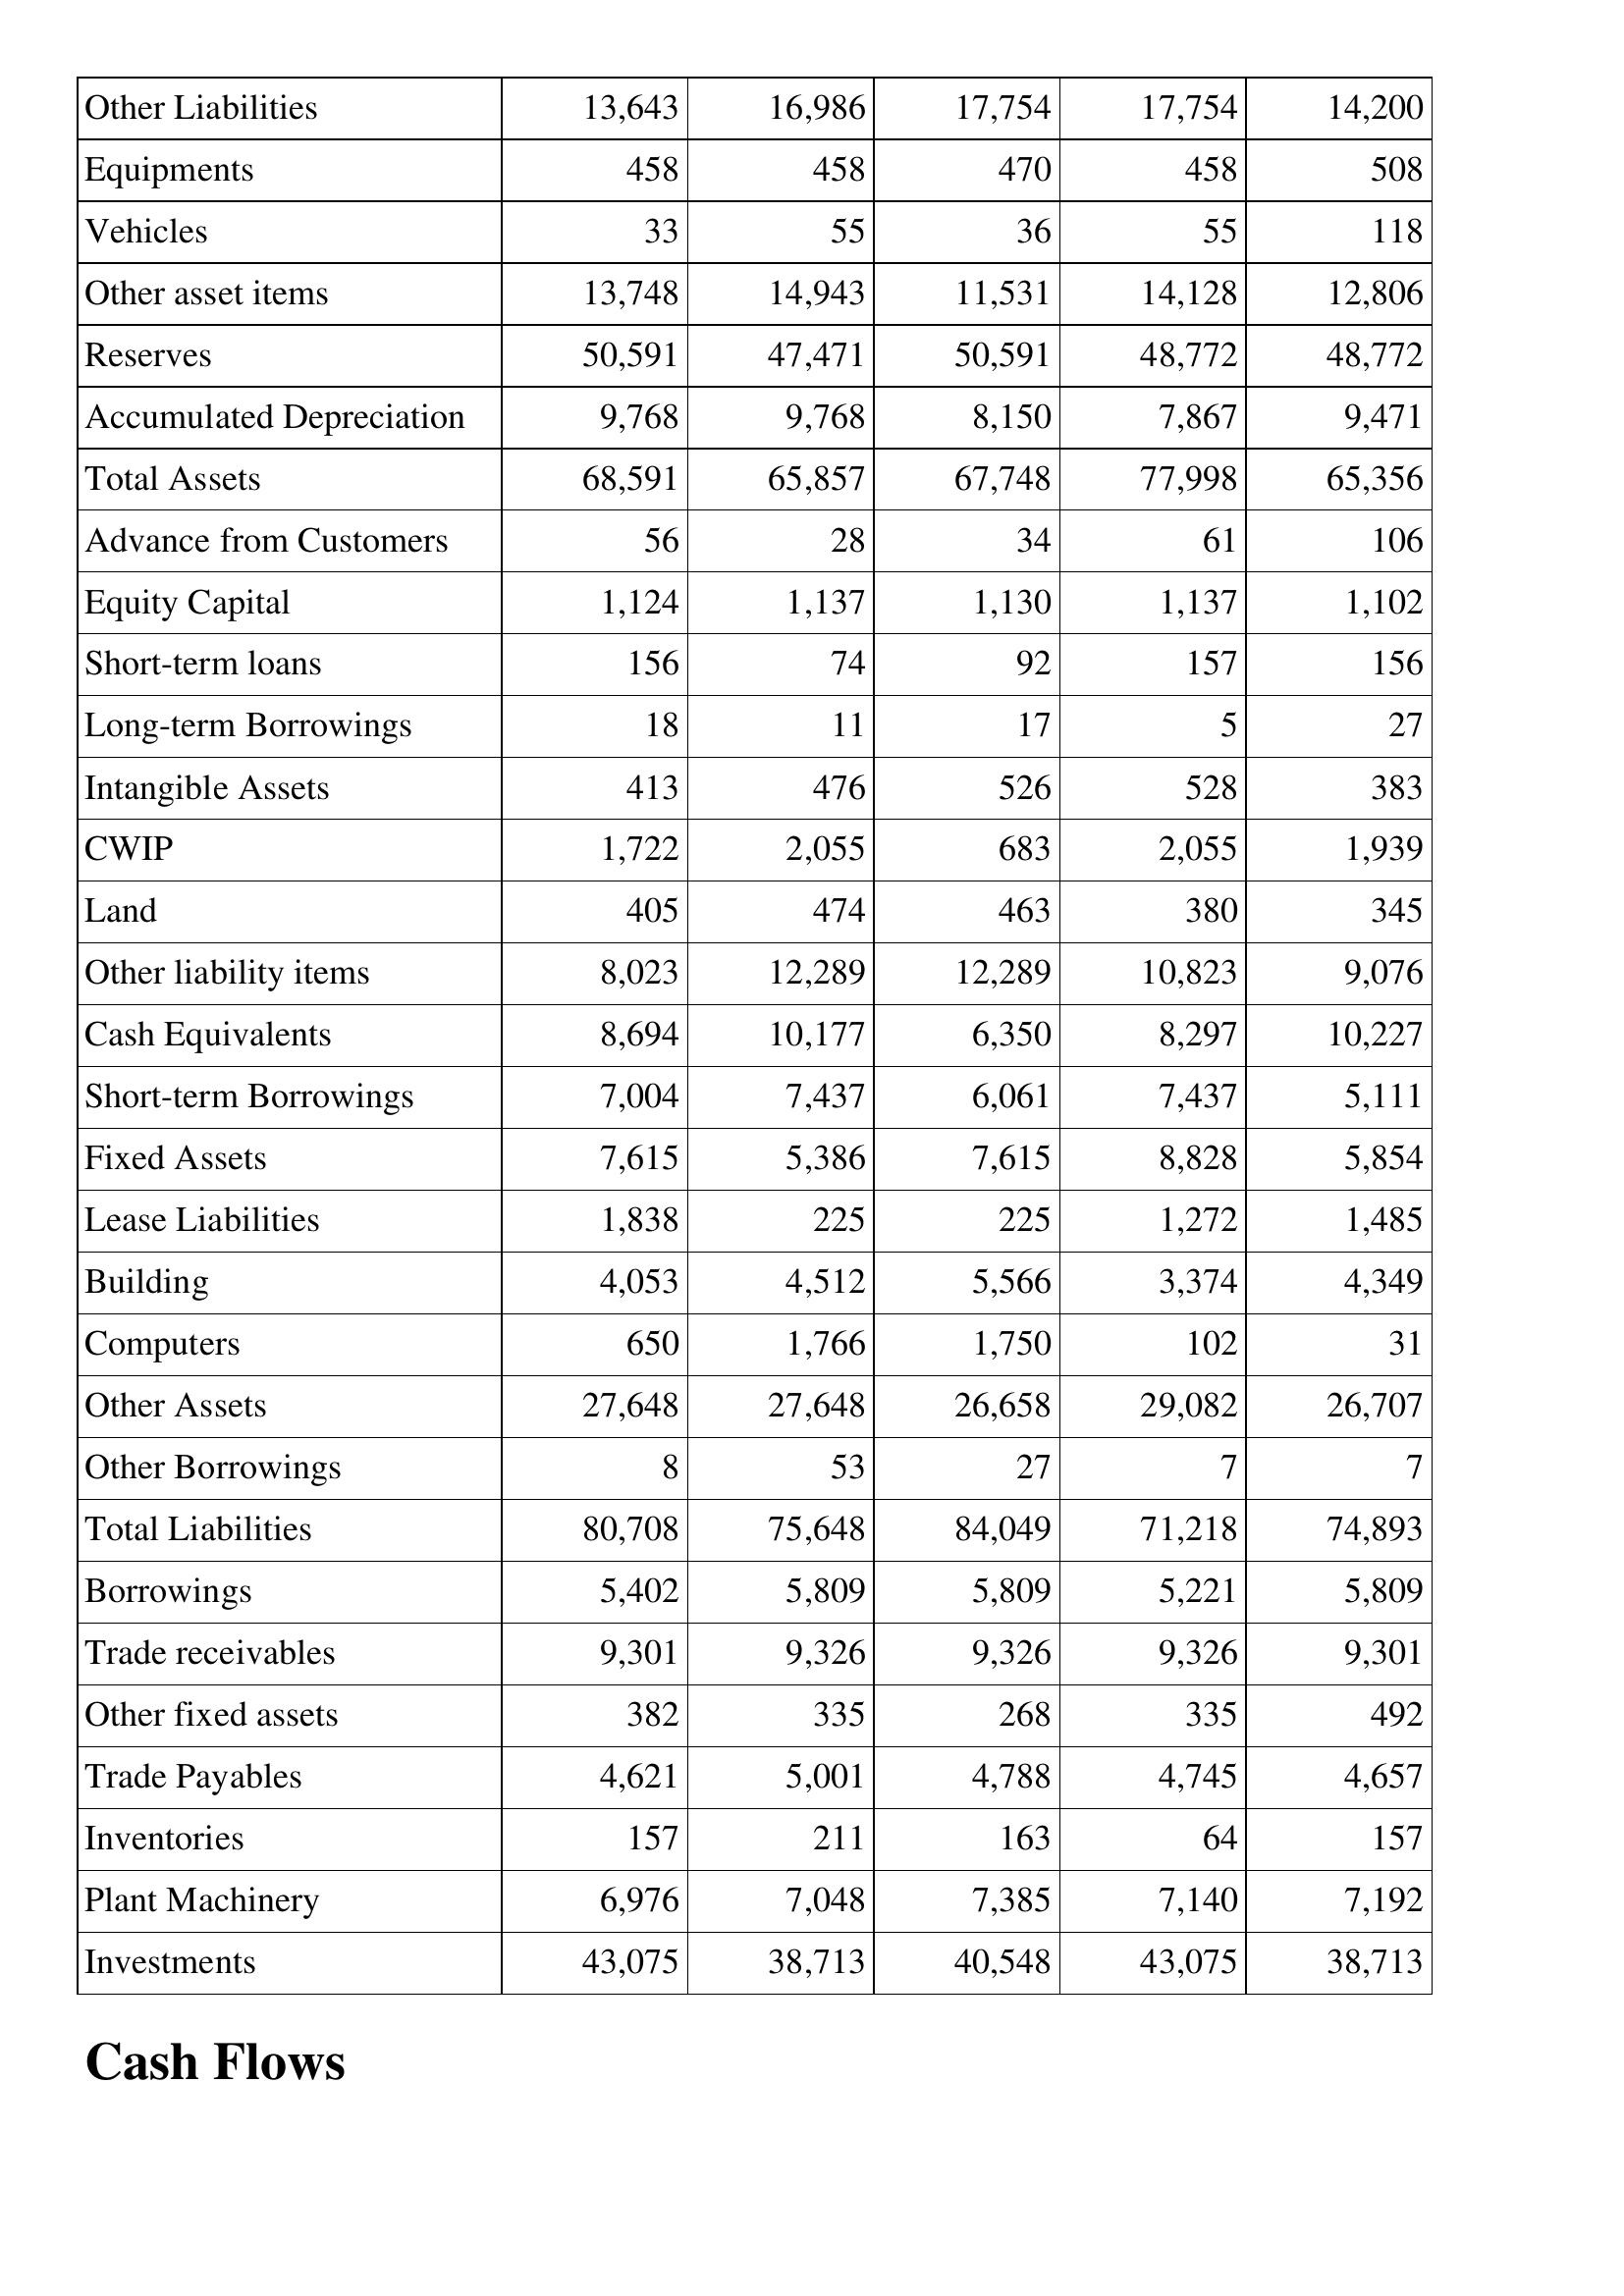
Apr-02: Balance Sheet: Other Liabilities: 13,643
Equipments: 458
Vehicles: 33
Other asset items: 13,748
Reserves: 50,591
Accumulated Depreciation: 9,768
Total Assets: 68,591
Advance from Customers: 56
Equity Capital: 1,124
Short-term loans: 156
Long-term Borrowings: 18
Intangible Assets: 413
CWIP: 1,722
Land: 405
Other liability items: 8,023
Cash Equivalents: 8,694
Short-term Borrowings: 7,004
Fixed Assets: 7,615
Lease Liabilities: 1,838
Building: 4,053
Computers: 650
Other Assets: 27,648
Other Borrowings: 8
Total Liabilities: 80,708
Borrowings: 5,402
Trade receivables: 9,301
Other fixed assets: 382
Trade Payables: 4,621
Inventories: 157
Plant Machinery: 6,976
Investments: 43,075
Apr-01: Balance Sheet: Other Liabilities: 16,986
Equipments: 458
Vehicles: 55
Other asset items: 14,943
Reserves: 47,471
Accumulated Depreciation: 9,768
Total Assets: 65,857
Advance from Customers: 28
Equity Capital: 1,137
Short-term loans: 74
Long-term Borrowings: 11
Intangible Assets: 476
CWIP: 2,055
Land: 474
Other liability items: 12,289
Cash Equivalents: 10,177
Short-term Borrowings: 7,437
Fixed Assets: 5,386
Lease Liabilities: 225
Building: 4,512
Computers: 1,766
Other Assets: 27,648
Other Borrowings: 53
Total Liabilities: 75,648
Borrowings: 5,809
Trade receivables: 9,326
Other fixed assets: 335
Trade Payables: 5,001
Inventories: 211
Plant Machinery: 7,048
Investments: 38,713
Apr-00: Balance Sheet: Other Liabilities: 17,754
Equipments: 470
Vehicles: 36
Other asset items: 11,531
Reserves: 50,591
Accumulated Depreciation: 8,150
Total Assets: 67,748
Advance from Customers: 34
Equity Capital: 1,130
Short-term loans: 92
Long-term Borrowings: 17
Intangible Assets: 526
CWIP: 683
Land: 463
Other liability items: 12,289
Cash Equivalents: 6,350
Short-term Borrowings: 6,061
Fixed Assets: 7,615
Lease Liabilities: 225
Building: 5,566
Computers: 1,750
Other Assets: 26,658
Other Borrowings: 27
Total Liabilities: 84,049
Borrowings: 5,809
Trade receivables: 9,326
Other fixed assets: 268
Trade Payables: 4,788
Inventories: 163
Plant Machinery: 7,385
Investments: 40,548
Apr-99: Balance Sheet: Other Liabilities: 17,754
Equipments: 458
Vehicles: 55
Other asset items: 14,128
Reserves: 48,772
Accumulated Depreciation: 7,867
Total Assets: 77,998
Advance from Customers: 61
Equity Capital: 1,137
Short-term loans: 157
Long-term Borrowings: 5
Intangible Assets: 528
CWIP: 2,055
Land: 380
Other liability items: 10,823
Cash Equivalents: 8,297
Short-term Borrowings: 7,437
Fixed Assets: 8,828
Lease Liabilities: 1,272
Building: 3,374
Computers: 102
Other Assets: 29,082
Other Borrowings: 7
Total Liabilities: 71,218
Borrowings: 5,221
Trade receivables: 9,326
Other fixed assets: 335
Trade Payables: 4,745
Inventories: 64
Plant Machinery: 7,140
Investments: 43,075
Apr-98: Balance Sheet: Other Liabilities: 14,200
Equipments: 508
Vehicles: 118
Other asset items: 12,806
Reserves: 48,772
Accumulated Depreciation: 9,471
Total Assets: 65,356
Advance from Customers: 106
Equity Capital: 1,102
Short-term loans: 156
Long-term Borrowings: 27
Intangible Assets: 383
CWIP: 1,939
Land: 345
Other liability items: 9,076
Cash Equivalents: 10,227
Short-term Borrowings: 5,111
Fixed Assets: 5,854
Lease Liabilities: 1,485
Building: 4,349
Computers: 31
Other Assets: 26,707
Other Borrowings: 7
Total Liabilities: 74,893
Borrowings: 5,809
Trade receivables: 9,301
Other fixed assets: 492
Trade Payables: 4,657
Inventories: 157
Plant Machinery: 7,192
Investments: 38,713